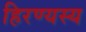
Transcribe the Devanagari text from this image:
हिरण्यस्य